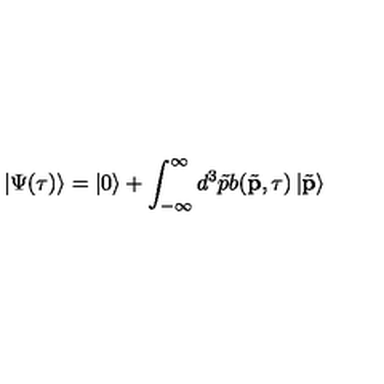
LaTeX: \left| \Psi ( \tau ) \right\rangle = \left| 0 \right\rangle + \int _ { - \infty } ^ { \infty } d ^ { 3 } \tilde { p } b ( \tilde { \mathbf { p } } , \tau ) \left| \tilde { \mathbf { p } } \right\rangle